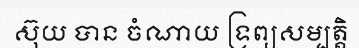
ស៊ុយ បាន ចំណាយ ទ្រព្យសម្បត្តិ